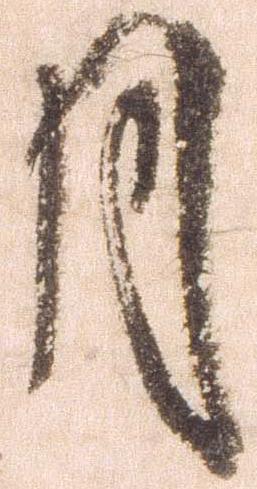
月